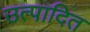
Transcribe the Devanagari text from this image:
उत्पादित